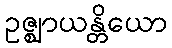
ဥဇ္ဈာယန္တိယော